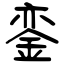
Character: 銮